Scientific memoirs by medical officers of the Army of India - Part X,
Year: 1897
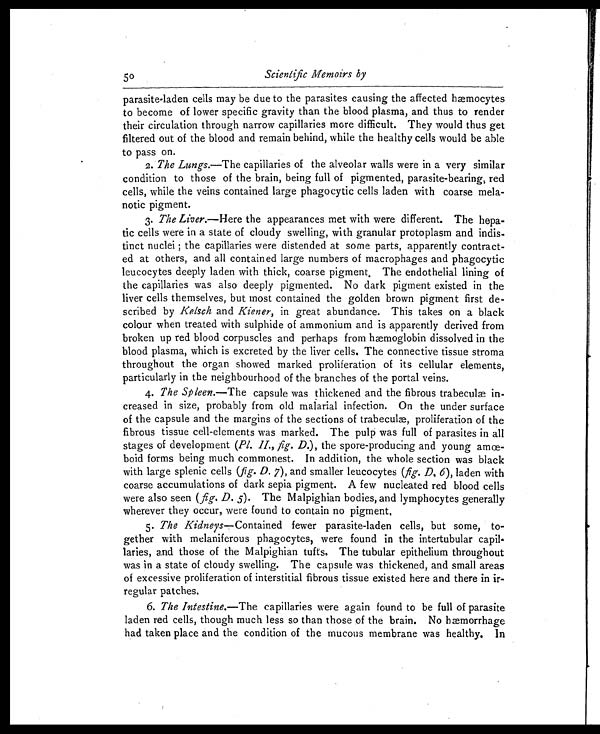
50
Scientific Memoirs by
parasite-laden cells may be due to the parasites causing the affected hæmocytes
to become of lower specific gravity than the blood plasma, and thus to render
their circulation through narrow capillaries more difficult. They would thus get
filtered out of the blood and remain behind, while the healthy cells would be able
to pass on.
2. The Lungs.— T h e c a p i l l a r i e s o f t h e a l v e o l a r w a l l s w e r e i n a v e r y s i m i l a r
condition to those of the brain, being full of pigmented, parasite-bearing, red
cells, while the veins contained large phagocytic cells laden with coarse mela-
notic pigment.
3. The Liver.—Here the appearances met with were different. The hepa-
tic cells were in a state of cloudy swelling, with granular protoplasm and indis-
tinct nuclei ; the capillaries were distended at some parts, apparently contract-
ed at others, and all contained large numbers of macrophages and phagocytic
leucocytes deeply laden with thick, coarse pigment . The endothelial lining of
the capillaries was also deeply pigmented. No dark pigment existed in the
liver cells themselves, but most contained the golden brown pigment first de-
scribed by Kelsch and Kiener, in great abundance. This takes on a black
colour when treated with sulphide of ammonium and is apparently derived from
broken up red blood corpuscles and perhaps from hæmoglobin dissolved in the
blood plasma, which is excreted by the liver cells. The connective tissue stroma
throughout the organ showed marked proliferation of its cellular elements,
particularly in the neighbourhood of the branches of the portal veins.
4. The Spleen.—The capsule was thickened and the fibrous trabeculæ in-
creased in size, probably from old malarial infection. On the under surface
of the capsule and the margins of the sections of trabeculæ, proliferation of the
fibrous tissue cell-elements was marked. The pulp was full of parasites in all
stages of development ( Pl. II., fig. D. ), the spore-producing and young amœ-
boid forms being much commonest. In addition, the whole section was black
with large splenic cells ( fig. D. 7), and smaller leucocytes ( fig. D. 6 ), laden with
coarse accumulations of dark sepia pigment. A few nucleated red blood cells
were also seen ( fig. D. 5). The Malpighian bodies, and lymphocytes generally
wherever they occur, were found to contain no pigment.
5. The Kidneys —Contained fewer parasite-laden cells, but some, to-
gether with melaniferous phagocytes, were found in the intertubular capil-
laries, and those of the Malpighian tufts. The tubular epithelium throughout
was in a state of cloudy swelling. The capsule was thickened, and small areas
of excessive proliferation of interstitial fibrous tissue existed here and there in ir-
regular patches.
6. The Intestine.— T h e c a p i l l a r i e s w e r e a g a i n f o u n d t o b e f u l l o f p a r a s i t e
laden red cells, though much less so than those of the brain. No hæmorrhage
had taken place and the condition of the mucous membrane was healthy. In